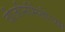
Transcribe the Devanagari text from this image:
वीजनिर्मितीच्या